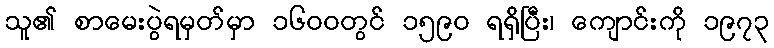
သူ၏ စာမေးပွဲရမှတ်မှာ ၁၆၀၀တွင် ၁၅၉၀ ရရှိပြီး၊ ကျောင်းကို ၁၉၇၃